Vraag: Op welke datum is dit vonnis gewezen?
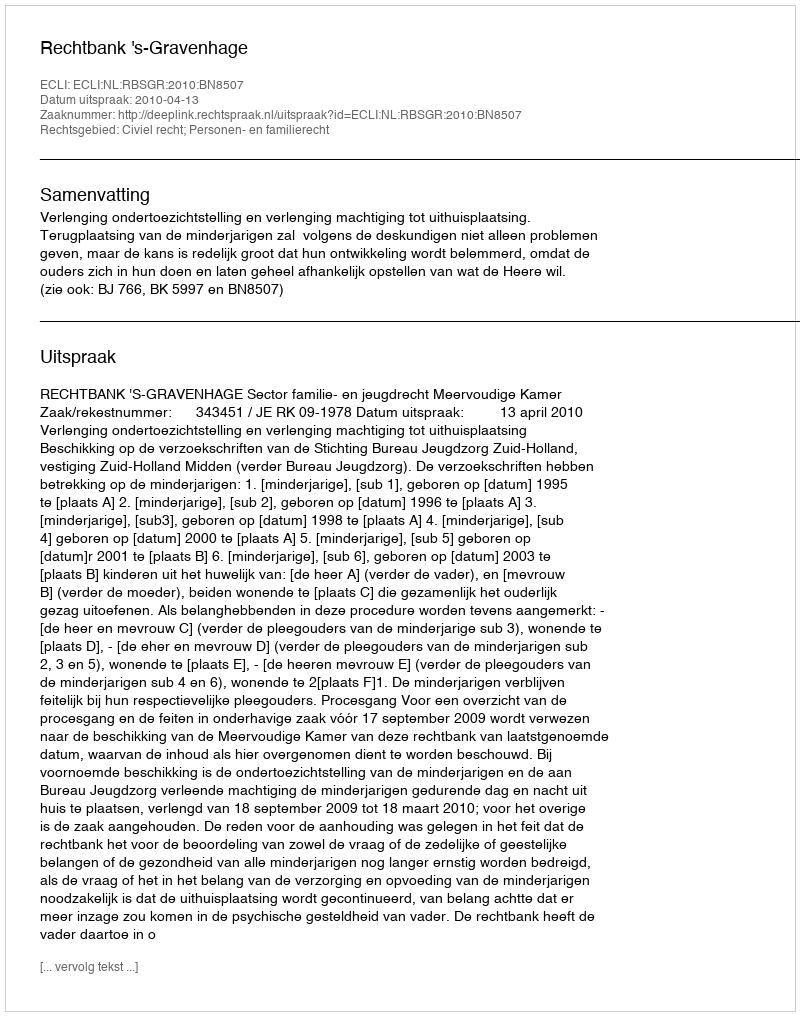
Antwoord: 2010-04-13